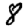
Digit: 8